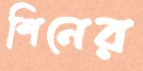
শিনের